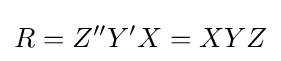
R=Z''Y'X=XYZ